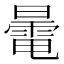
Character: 𣋔